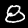
Digit: 8